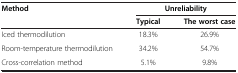
<table><thead><tr><td><b>Method</b></td><td colspan="2"><b>Unreliability</b></td></tr><tr><td><b> </b></td><td><b>Typical</b></td><td><b>The worst case</b></td></tr></thead><tbody><tr><td>Iced thermodilution</td><td>18.3%</td><td>26.9%</td></tr><tr><td>Room-temperature thermodilution</td><td>34.2%</td><td>54.7%</td></tr><tr><td>Cross-correlation method</td><td>5.1%</td><td>9.8%</td></tr></tbody></table>